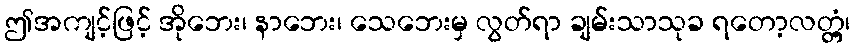
ဤအကျင့်ဖြင့် အိုဘေး၊ နာဘေး၊ သေဘေးမှ လွတ်ရာ ချမ်းသာသုခ ရတော့လတ္တံ့၊